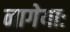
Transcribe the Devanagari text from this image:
नागेयाः